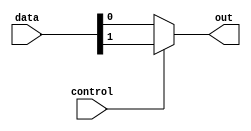
module MUX_2to1 (
    input wire [127:0] data,
    input wire control,
    output reg out
);

always @(*) begin
    out = (control) ? data[1] : data[0];
end

endmodule